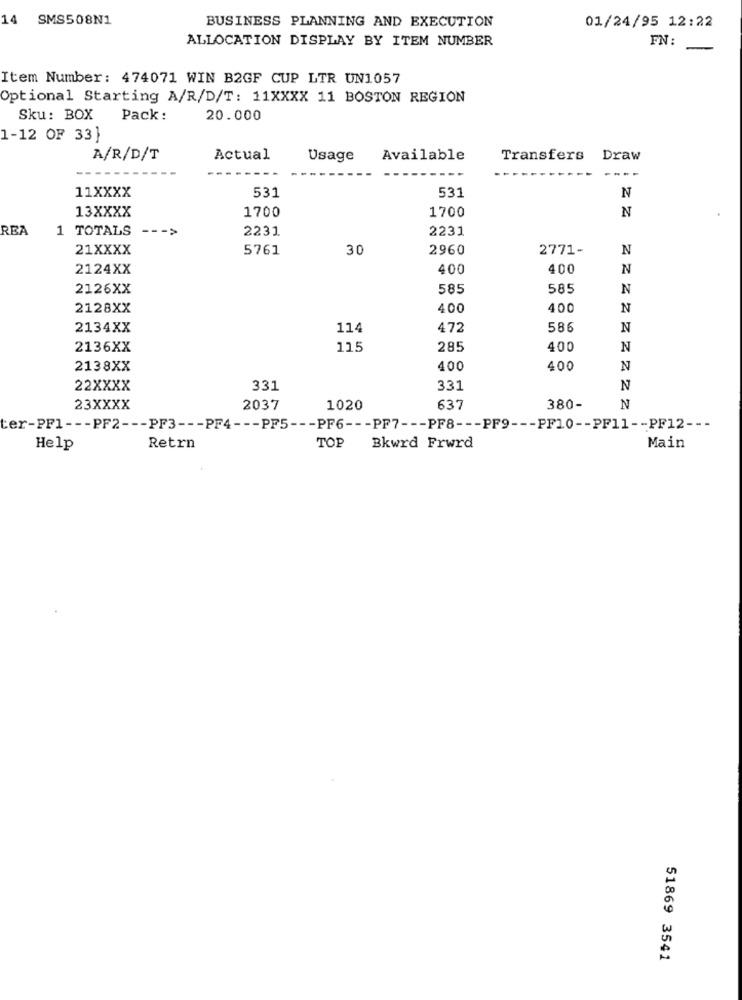
14 SMS508N1
BUSINESS PLANNING AND EXECUTION
01/24/95 12:22
ALLOCATION DISPLAY BY ITEM NUMBER
FN:
Item Number: 474071 WIN B2GF CUP LTR UN1057
Optional Starting A/R/D/T: 11XXXX 11 BOSTON REGION
Sku: BOX Pack:
20.000
1-12 OF 33}
A/R/D/T
Actual
Usage
Available
Transfers
Draw
.
11XXXX
531
531
N
13XXXX
1700
1700
N
REA
1 TOTALS
->
2231
2231
21XXXX
5761
30
2960
2771-
N
2124XX
400
400
N
2126XX
585
585
N
2128XX
400
400
N
2134XX
114
472
586
N
2136XX
115
285
400
N
2138XX
400
400
N
22XXXX
331
331
N
23XXXX
2037
1020
637
380-
N
ter-PF1 --- PF2 --- PF3 --- PF4 --- PF5 --- PF6 --- PF7 --- PF8 --- PF9 --- PF10 -- PF11 -- PF12 ---
Help
Retrn
TOP
Bkwrd Frwrd
Main
51869 3541